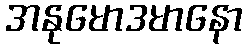
အနုမောဒမာနော